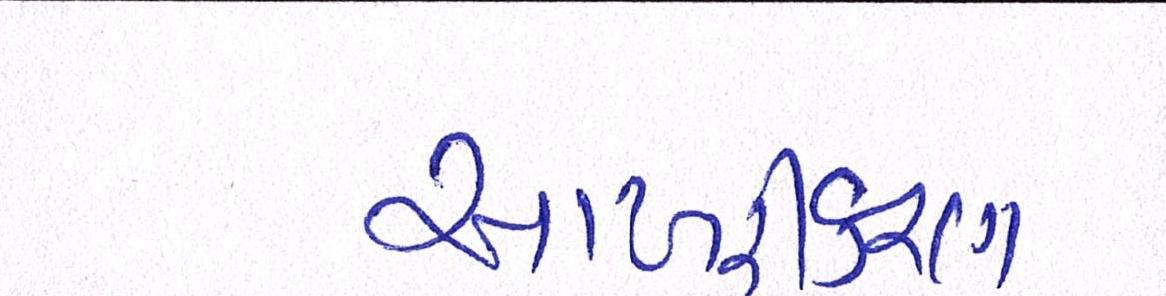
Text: આખરીકરણ